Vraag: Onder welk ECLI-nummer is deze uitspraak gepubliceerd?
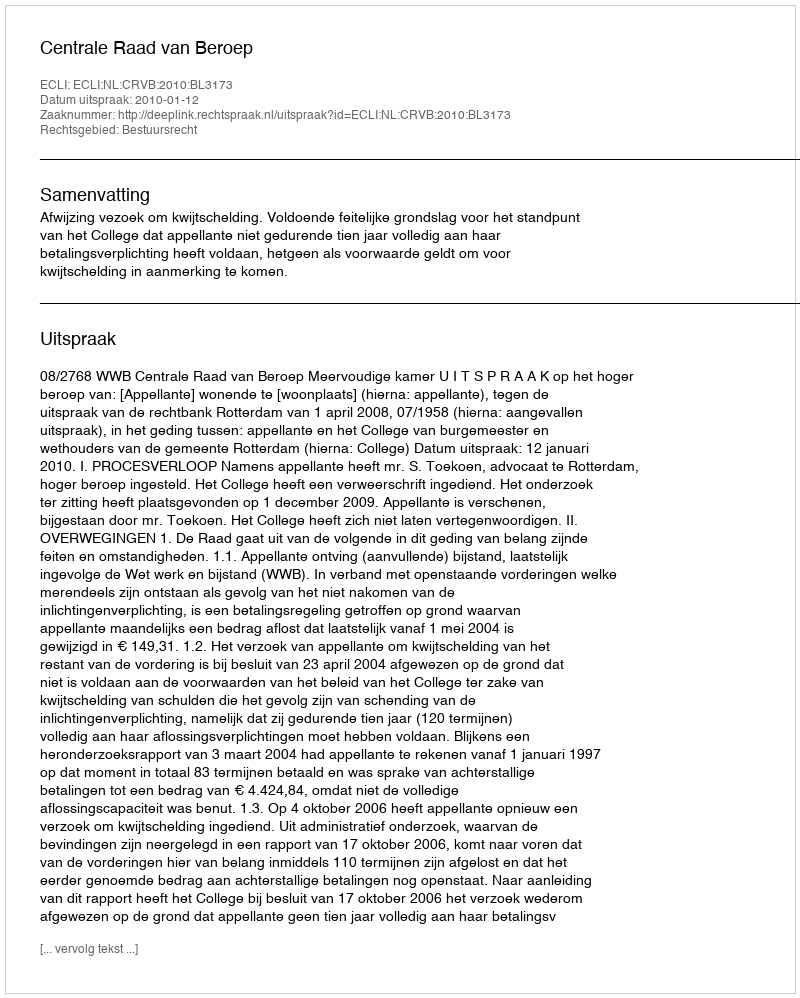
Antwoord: ECLI:NL:CRVB:2010:BL3173